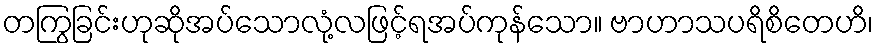
တကြွခြင်းဟုဆိုအပ်သောလုံ့လဖြင့်ရအပ်ကုန်သော။ ဗာဟာသပရိစိတေဟိ၊